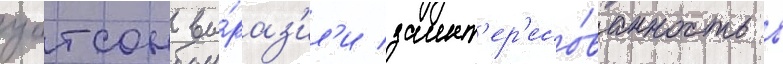
уотсон вы́раз'ил'и заинт'ер'есо́ванность в